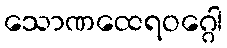
သောဏထေရဝဂ္ဂေါ